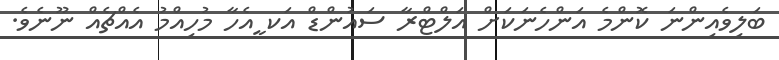
ބަލިވެއިންނަ ކޮންމެ އަންހެނަކަށް އަލްޓްރާ ސައުންޑް އަކ ީއެހާ މުހިއްމު އެއްޗެއް ނޫނެވެ.